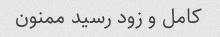
کامل و زود رسید ممنون